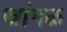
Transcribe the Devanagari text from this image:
जांगळ